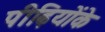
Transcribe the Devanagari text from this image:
पीढ़ियोंके